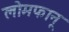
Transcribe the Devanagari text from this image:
लोमफानू